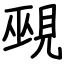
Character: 覡